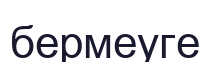
бермеуге